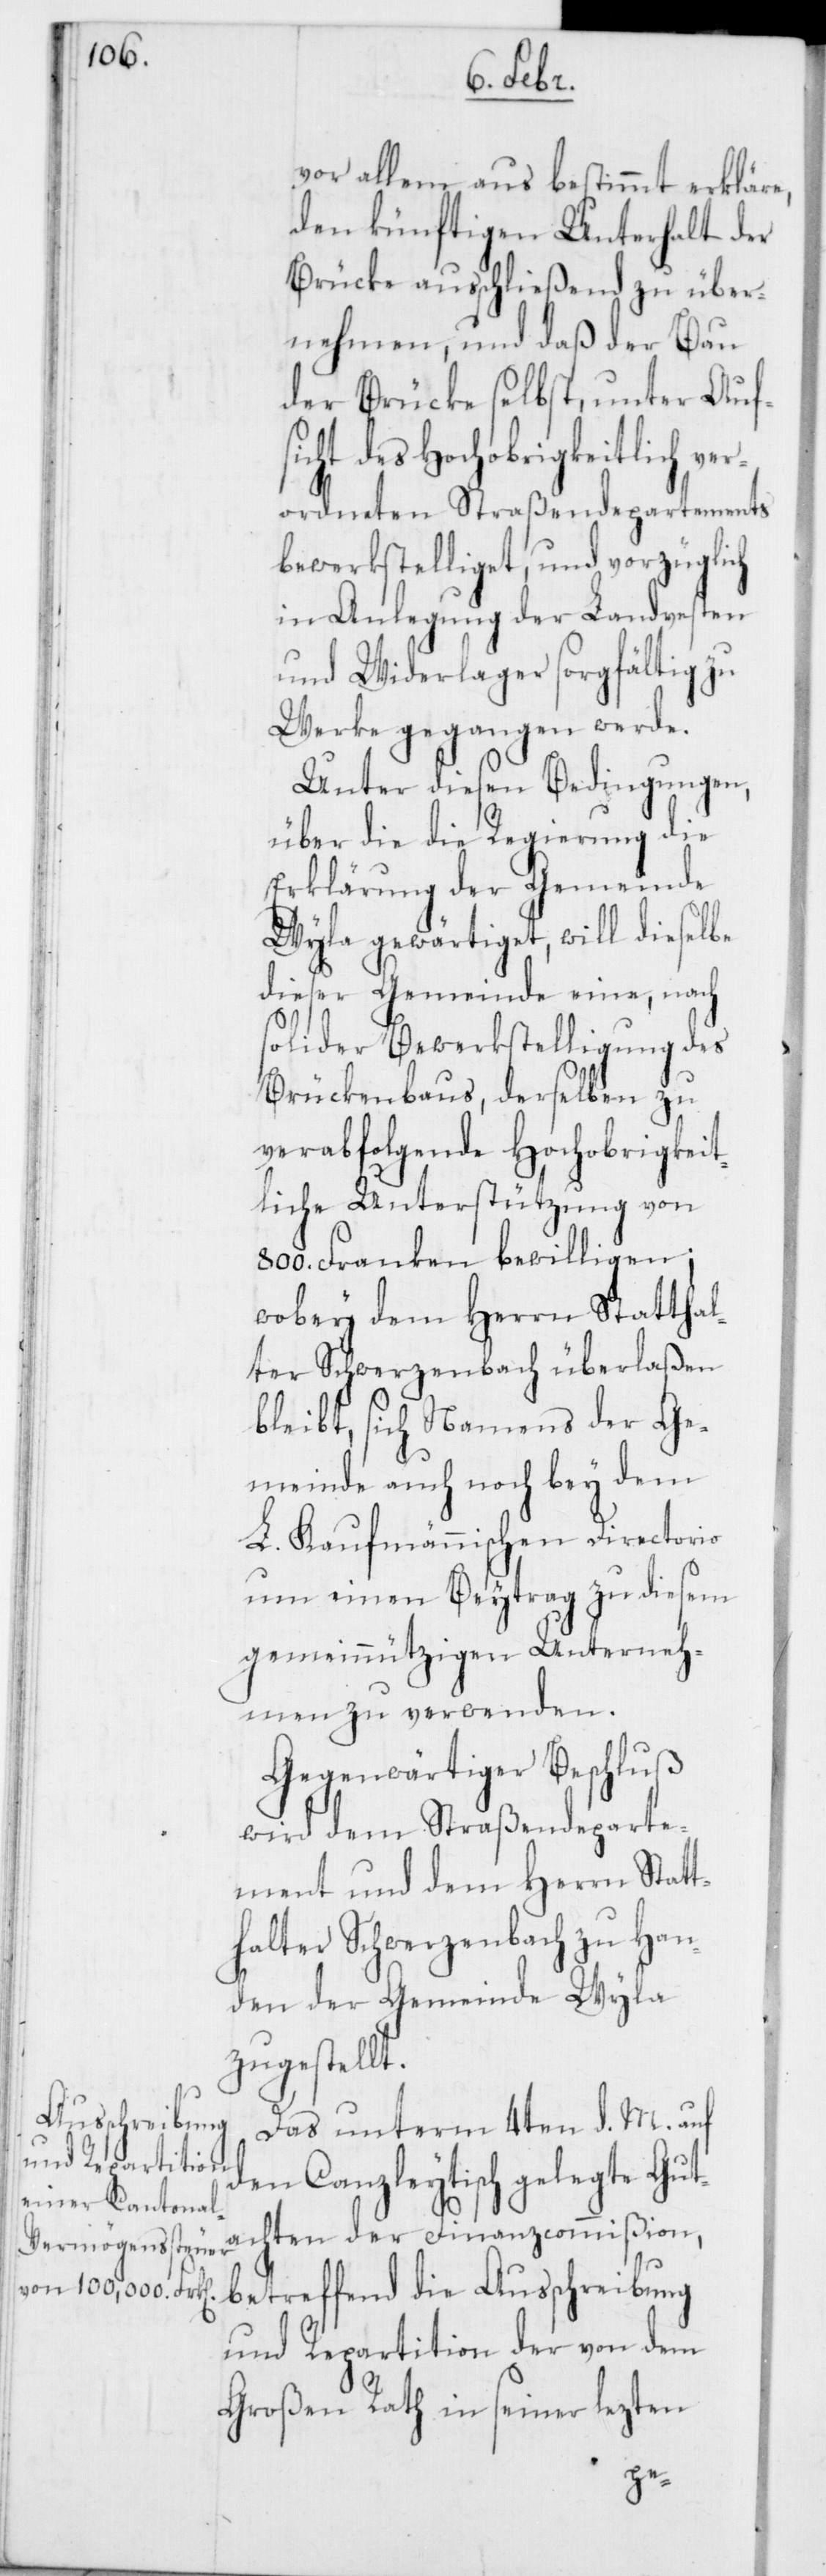
vor allem aus bestimmt erkläre,
den künftigen Unterhalt der
Brücke ausschließend zu über¬
nehmen, und daß der Bau
der Brücke selbst, unter Aufs¬
icht des Hochobrigkeitlich ver¬
ordneten Straßendepartements
bewerkstelliget, und vorzüglich
in Anlegung der Landvesten
und Widerlager sorgfältig zu
Werke gegangen werde.
Unter diesen Bedingungen,
über die die Regierung die
Erklärung der Gemeinde
Wyla gewärtiget, will dieselbe
dieser Gemeinde eine, nach
solider Bewerkstelligung des
Brükenbaus, derselben zu
verabfolgende Hochobrigkeit¬
liche Unterstützung von
800. Franken bewilligen;
wobey dem Herrn Statthal¬
ter Schwerzenbach überlaßen
bleibt, sich Namens der Ge¬
meinde auch noch bey dem
L. Kaufmännischen Directorio
um einen Beytrag zu diesem
gemeinnützigen Unterneh¬
men zu verwenden.
Gegenwärtiger Beschluß
wird dem Straßendeparte¬
ment und dem Herrn Statt¬
halter Schwerzenbach zu Han¬
den der Gemeinde Wyla
zugestellt.
Das unterm 4ten d. M. auf
den Canzleytisch gelegte Gut¬
achten der Finanzcommißion,
betreffend die Ausschreibung
und Repartition der von dem
Großen Rath in seiner lezten